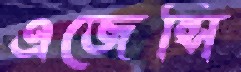
এজেন্সি